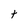
Character: t